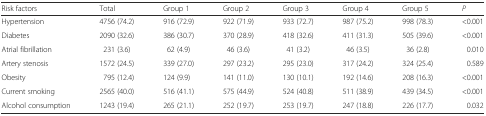
<table><thead><tr><td><b>Risk factors</b></td><td><b>Total</b></td><td><b>Group 1</b></td><td><b>Group 2</b></td><td><b>Group 3</b></td><td><b>Group 4</b></td><td><b>Group 5</b></td><td><b><i>P</i></b></td></tr></thead><tbody><tr><td>Hypertension</td><td>4756 (74.2)</td><td>916 (72.9)</td><td>922 (71.9)</td><td>933 (72.7)</td><td>987 (75.2)</td><td>998 (78.3)</td><td>&lt;0.001</td></tr><tr><td>Diabetes</td><td>2090 (32.6)</td><td>386 (30.7)</td><td>370 (28.9)</td><td>418 (32.6)</td><td>411 (31.3)</td><td>505 (39.6)</td><td>&lt;0.001</td></tr><tr><td>Atrial fibrillation</td><td>231 (3.6)</td><td>62 (4.9)</td><td>46 (3.6)</td><td>41 (3.2)</td><td>46 (3.5)</td><td>36 (2.8)</td><td>0.010</td></tr><tr><td>Artery stenosis</td><td>1572 (24.5)</td><td>339 (27.0)</td><td>297 (23.2)</td><td>295 (23.0)</td><td>317 (24.2)</td><td>324 (25.4)</td><td>0.589</td></tr><tr><td>Obesity</td><td>795 (12.4)</td><td>124 (9.9)</td><td>141 (11.0)</td><td>130 (10.1)</td><td>192 (14.6)</td><td>208 (16.3)</td><td>&lt;0.001</td></tr><tr><td>Current smoking</td><td>2565 (40.0)</td><td>516 (41.1)</td><td>575 (44.9)</td><td>524 (40.8)</td><td>511 (38.9)</td><td>439 (34.5)</td><td>&lt;0.001</td></tr><tr><td>Alcohol consumption</td><td>1243 (19.4)</td><td>265 (21.1)</td><td>252 (19.7)</td><td>253 (19.7)</td><td>247 (18.8)</td><td>226 (17.7)</td><td>0.032</td></tr></tbody></table>